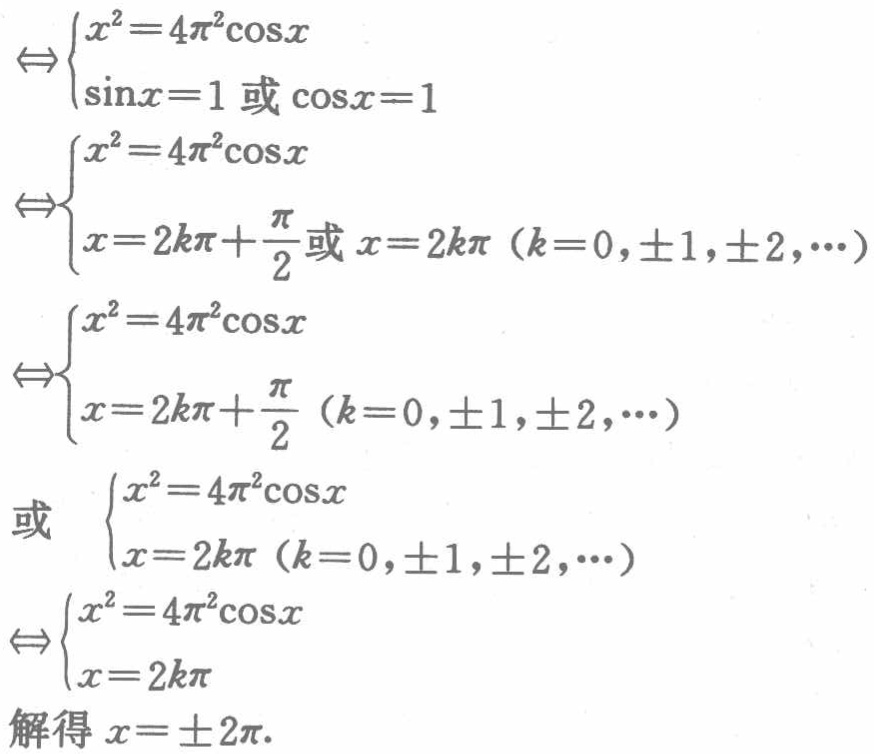
$\begin{align*}
&\Leftrightarrow
\begin{cases}
x^{2}=4\pi^{2}\cos x\\
\sin x = 1\text{ 或 }\cos x = 1
\end{cases}\\
&\Leftrightarrow
\begin{cases}
x^{2}=4\pi^{2}\cos x\\
x = 2k\pi+\frac{\pi}{2}\text{ 或 }x = 2k\pi\ (k = 0,\pm1,\pm2,\cdots)
\end{cases}\\
&\Leftrightarrow
\begin{cases}
x^{2}=4\pi^{2}\cos x\\
x = 2k\pi+\frac{\pi}{2}\ (k = 0,\pm1,\pm2,\cdots)
\end{cases}\\
&\text{或 }
\begin{cases}
x^{2}=4\pi^{2}\cos x\\
x = 2k\pi\ (k = 0,\pm1,\pm2,\cdots)
\end{cases}\\
&\Leftrightarrow
\begin{cases}
x^{2}=4\pi^{2}\cos x\\
x = 2k\pi
\end{cases}\\
&\text{解得 }x = \pm2\pi.
\end{align*}$